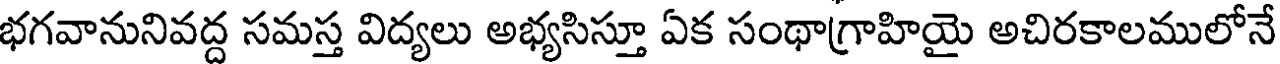
భగవానునివద్ద సమస్త విద్యలు అభ్యసిస్తూ ఏక సంథాగ్రాహియై అచిరకాలములోనే